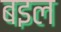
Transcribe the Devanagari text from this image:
बइल